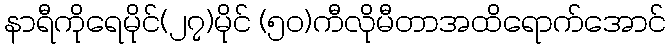
နာရီကိုရေမိုင်(၂၇)မိုင် (၅၀)ကီလိုမီတာအထိရောက်အောင်